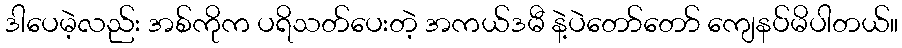
ဒါပေမဲ့လည်း အစ်ကိုက ပရိသတ်ပေးတဲ့ အကယ်ဒမီ နဲ့ပဲတော်တော် ကျေနပ်မိပါတယ်။